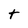
Character: t